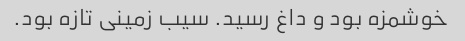
خوشمزه بود و داغ رسید. سیب زمینی تازه بود.